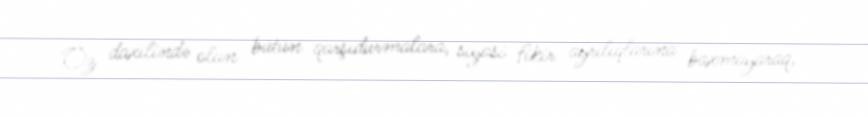
Öz daxilində olan bütün qarşıdurmalara, siyasi fikir ayrılıqlarına baxmayaraq,